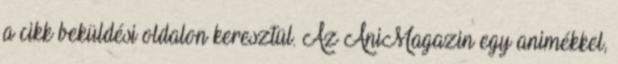
a cikk beküldési oldalon keresztül. Az AniMagazin egy animékkel,